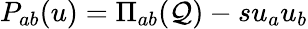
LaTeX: P_{ab}(u)=\Pi_{ab}(\mathcal{Q})-su_{a}u_{b}